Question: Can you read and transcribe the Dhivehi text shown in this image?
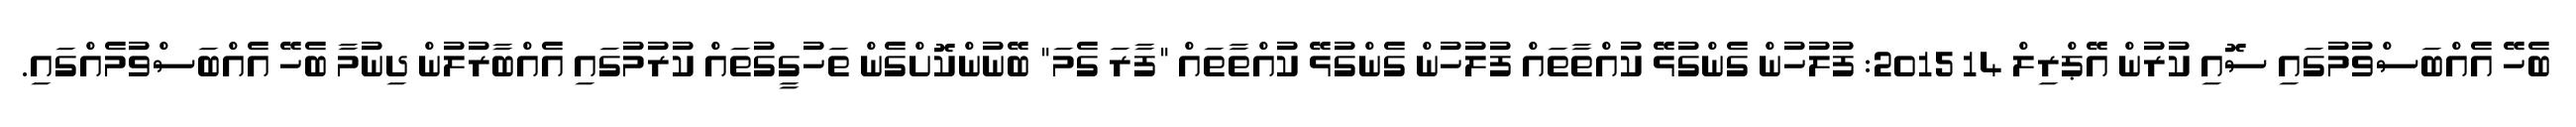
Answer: ބެހޭ އެއްބަސްވުމުގައި ސޮއި ކުރުން އޭޕްރިލް 14 2015: ފުލުހުން ގެންގުޅޭ ކުއްތާތައް ފުލުހުން ގެންގުޅޭ ކުއްތާތައް "ފާރަ ގެމަ" ބޭނުންކޮށްގެން ތަހުގީގުތައް ކުރުމުގައި އެއްބާރުލުން ދިނުމާ ބެހޭ އެއްބަސްވުމެއްގައި.